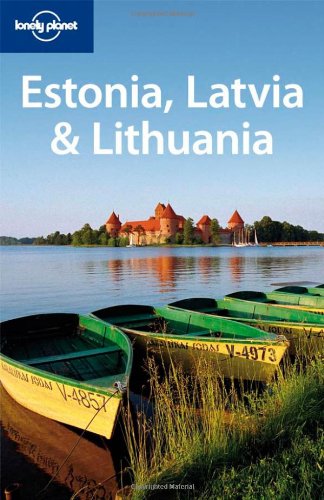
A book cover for Lonely Planet Estonia Latvia & Lithuania (Multi Country Travel Guide); Carolyn Bain; Travel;